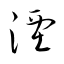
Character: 湮